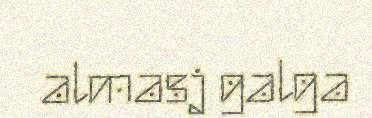
almasj galga